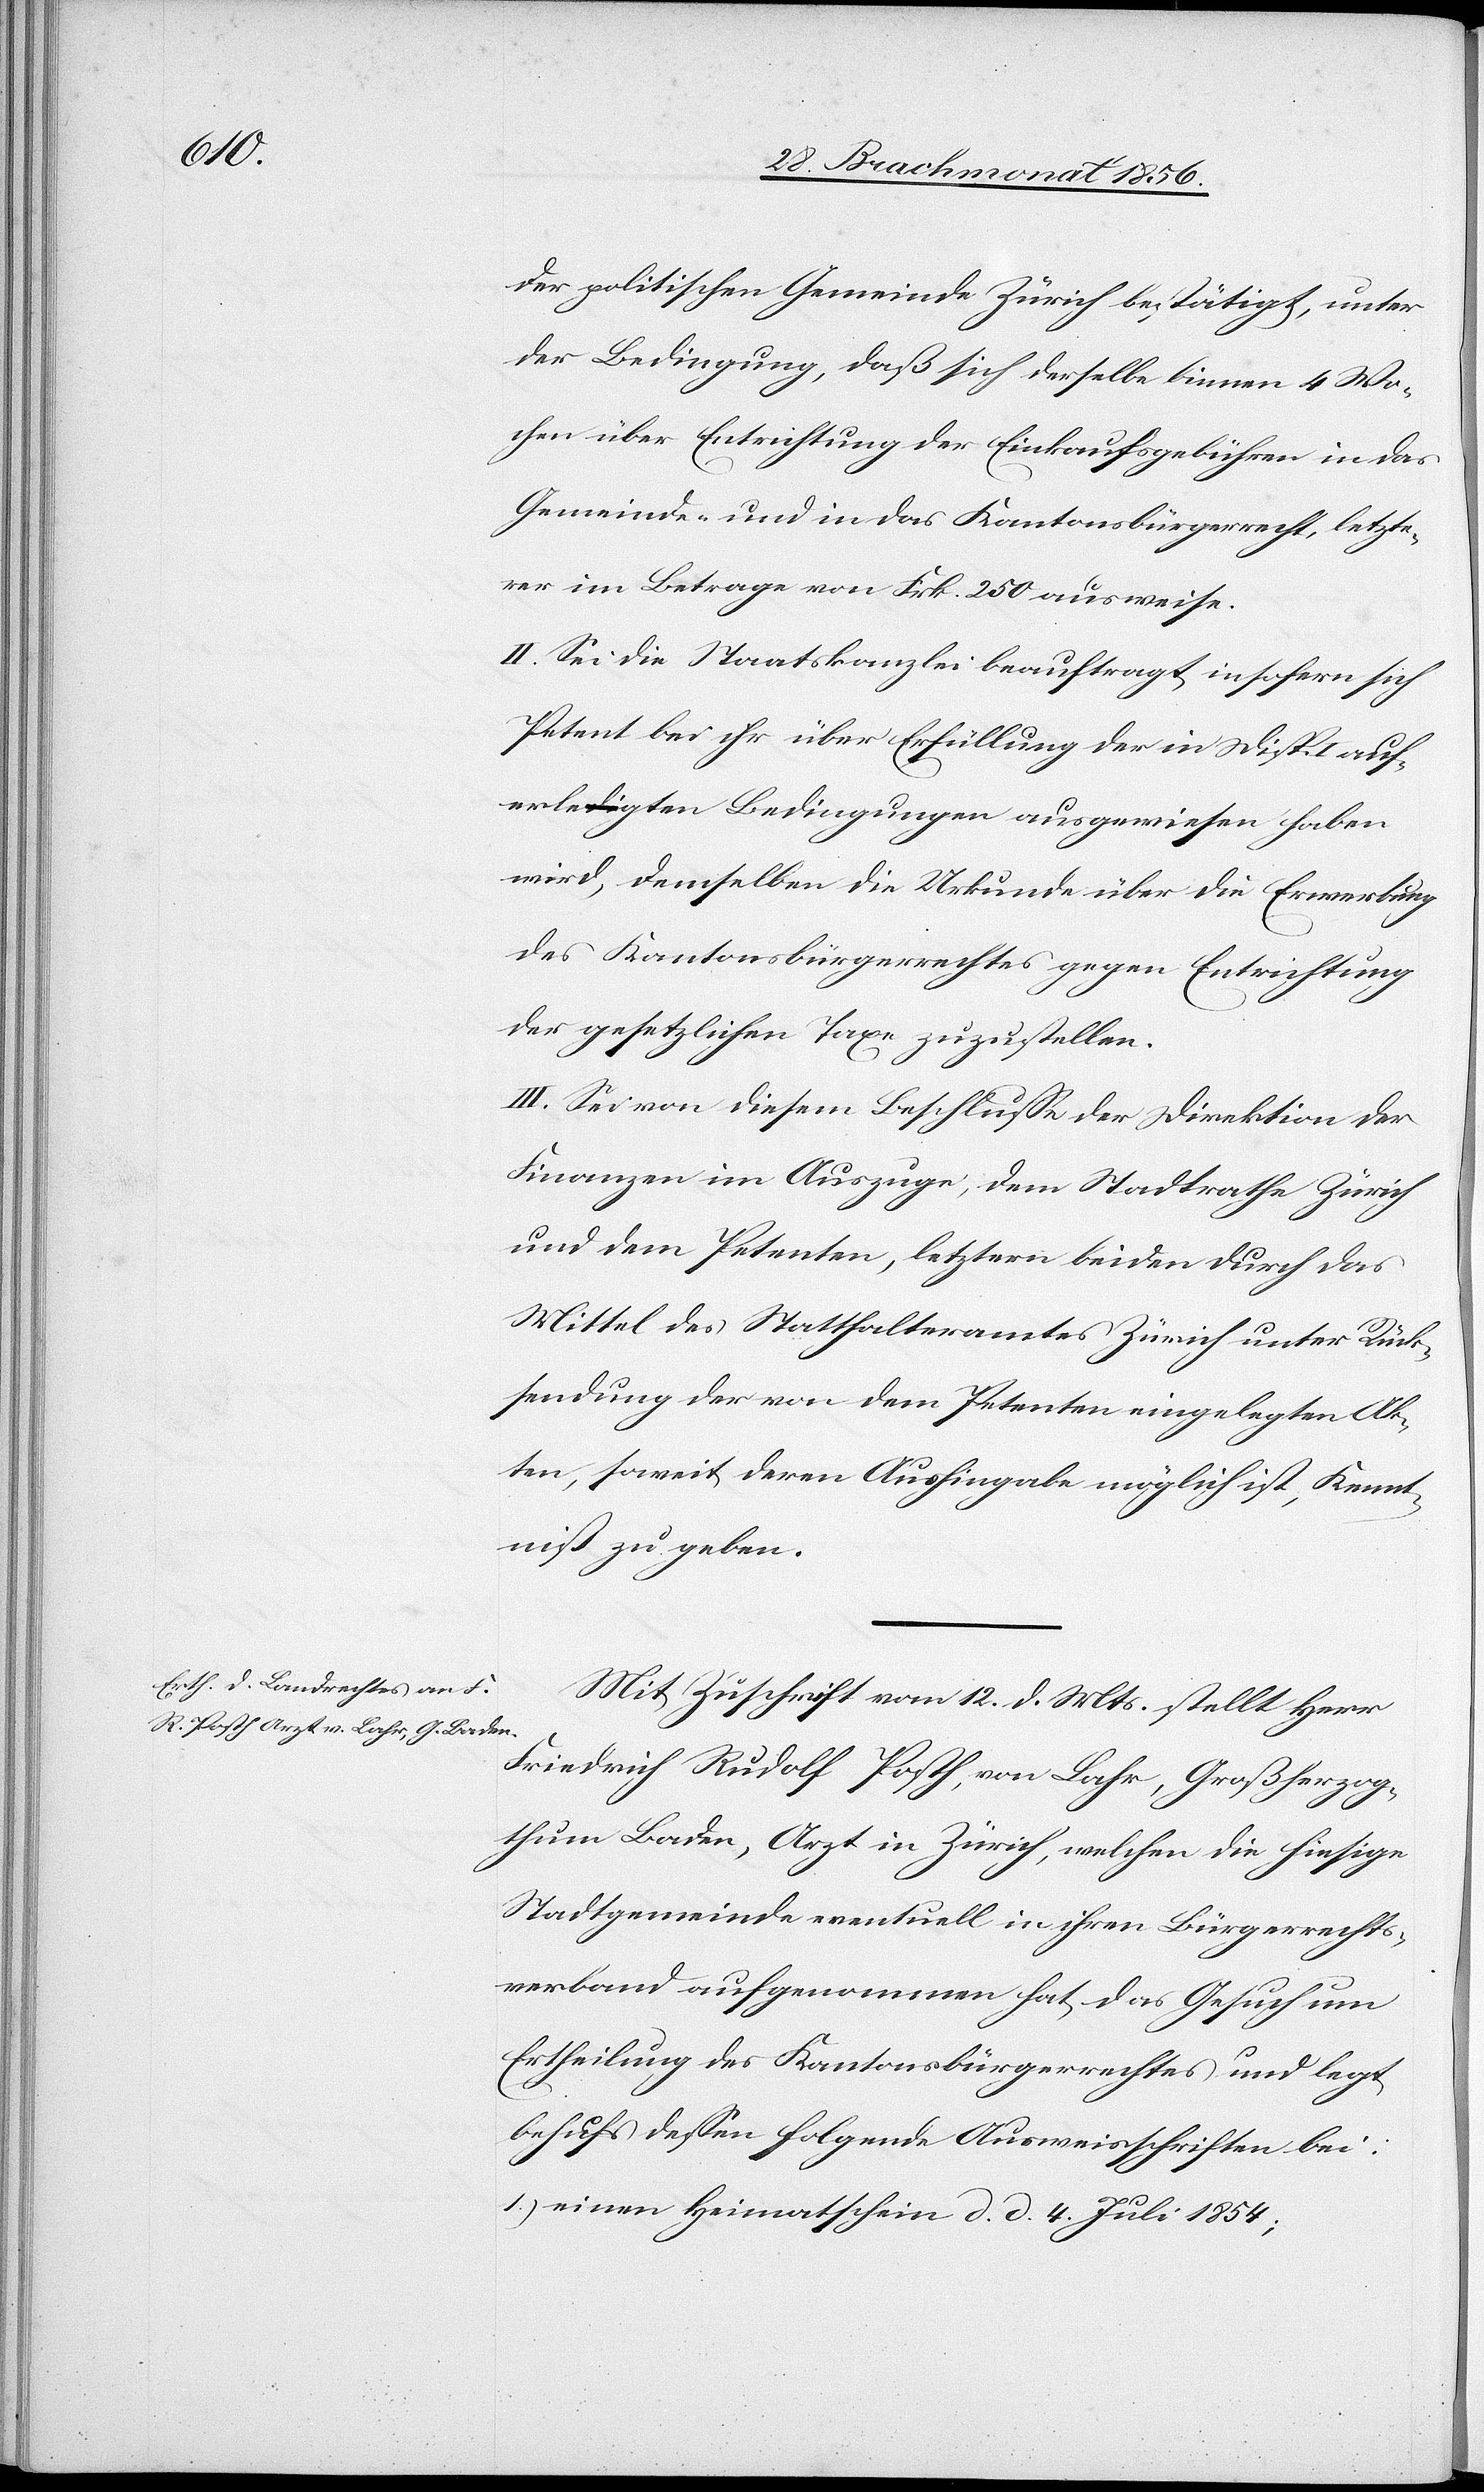
der politischen Gemeinde Zürich bestätigt, unter
der Bedingung, daß sich derselbe binnen 4 Wo¬
chen über Entrichtung der Einkaufsgebühren in das
Gemeinde- und in das Kantonsbürgerrecht, letzte¬
rer im Betrage von Frk. 250 ausweise.
II. Sei die Staatskanzlei beauftragt, insofern sich
Petent bei ihr über Erfüllung der in Disp. I auf¬
erlegten Bedingungen ausgewiesen haben
wird, demselben die Urkunde über die Erwerbung
des Kantonsbürgerrechtes gegen Entrichtung
der gesetzlichen Taxe zuzustellen.
III. Sei von diesem Beschlusse der Direktion der
Finanzen im Auszuge, dem Stadtrathe Zürich
und dem Petenten, letztern beiden durch das
Mittel des Statthalteramtes Zürich unter Rück¬
sendung der von dem Petenten eingelegten Ak¬
ten, soweit deren Aushingabe möglich ist, Kennt¬
niß zu geben.
Mit Zuschrift vom 12. d. Mts. stellt Herr
Friedrich Rudolf Posth, von Lahr, Großherzog¬
thum Baden, Arzt in Zürich, welchen die hiesige
Stadtgemeinde eventuell in ihren Bürgerrechts¬
verband aufgenommen hat, das Gesuch um
Ertheilung des Kantonsbürgerrechtes und legt
behufs dessen folgende Ausweisschriften bei:
1.) einen Heimatschein d. d. 4. Juli 1854;